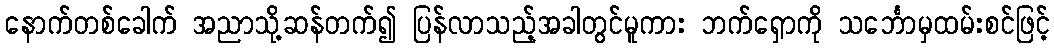
နောက်တစ်ခေါက် အညာသို့ဆန်တက်၍ ပြန်လာသည့်အခါတွင်မူကား ဘက်ရှောကို သင်္ဘောမှထမ်းစင်ဖြင့်